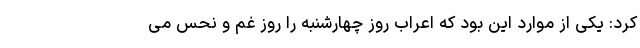
کرد: یکی از موارد این بود که اعراب روز چهارشنبه را روز غم و نحس می